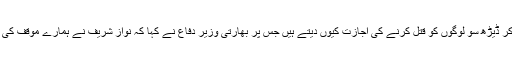
نواز شریف نے کہا تھا کہ ہم اجمل قصاب جیسے لوگوں کو سرحد پار جا کر ڈیڑھ سو لوگوں کو قتل کرنے کی اجازت کیوں دیتے ہیں جس پر بھارتی وزیر دفاع نے کہا کہ نواز شریف نے ہمارے مؤقف کی تصدیق کر دی اور اعتراف کر لیا کہ ممبئی حملوں میں پاکستان ملوث تھا۔